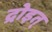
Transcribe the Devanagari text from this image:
द्रोइत्